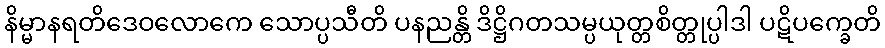
နိမ္မာနရတိဒေဝလောကေ သောပ္ပသီတိ ပနညန္တိ ဒိဋ္ဌိဂတသမ္ပယုတ္တစိတ္တုပ္ပါဒါ ပဋိပက္ခေတိ